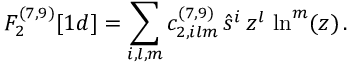
F _ { 2 } ^ { ( 7 , 9 ) } [ 1 d ] = \sum _ { i , l , m } c _ { 2 , i l m } ^ { ( 7 , 9 ) } \, \hat { s } ^ { i } \, z ^ { l } \, \ln ^ { m } ( z ) \, .